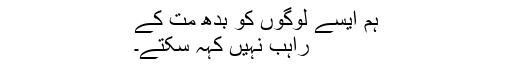
ہم ایسے لوگوں کو بدھ مت کے
راہب نہیں کہہ سکتے۔